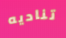
تناديه